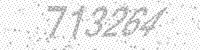
Solution: 713264